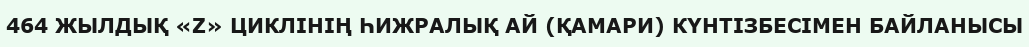
464 ЖЫЛДЫҚ «Z» ЦИКЛІНІҢ ҺИЖРАЛЫҚ АЙ (ҚАМАРИ) КҮНТІЗБЕСІМЕН БАЙЛАНЫСЫ